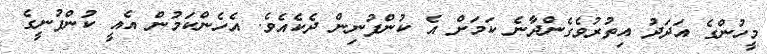
މީހުންގެ އަދަދު އިތުރުވެގެންދާނެ ކަމަށް އެ ކުންފުނިން ދެކެއެވެ. އެހެންކަމުން އެއީ ކުންފުނީގެ